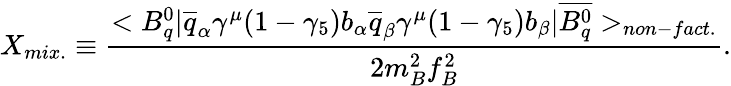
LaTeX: X_{mix.}\equiv\frac{<B_{q}^{0}|\overline{{{q}}}_{\alpha}\gamma^{\mu}(1-\gamma_{5})b_{\alpha}\overline{{{q}}}_{\beta}\gamma^{\mu}(1-\gamma_{5})b_{\beta}|\overline{{{B_{q}^{0}}}}>_{non-fact.}}{2m_{B}^{2}f_{B}^{2}}.